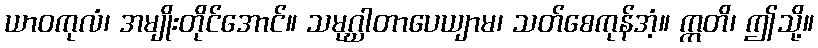
ယာဝကုလံ၊ အမျိုးတိုင်အောင်။ သမုဂ္ဃာတာပေယျာမ၊ သတ်စေကုန်အံ့။ ဣတိ၊ ဤသို့။